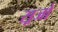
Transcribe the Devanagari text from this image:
सूजों